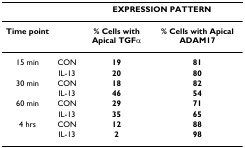
|  |  | <COLSPAN=2> EXPRESSION PATTERN |
 | --- | --- | --- | --- |
 | Time point |  | % Cells with Apical TGFα | % Cells with Apical ADAM17 |
 | 15 min | CON | 19 | 81 |
 |  | IL-13 | 20 | 80 |
 | 30 min | CON | 18 | 82 |
 |  | IL-13 | 46 | 54 |
 | 60 min | CON | 29 | 71 |
 |  | IL-13 | 35 | 65 |
 | 4 hrs | CON | 12 | 88 |
 |  | IL-13 | 2 | 98 |